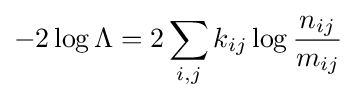
-2\log \Lambda =2\sum _{i,j}k_{ij}\log {\frac {n_{ij}}{m_{ij}}}